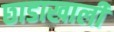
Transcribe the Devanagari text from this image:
छाडाखाली